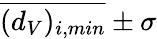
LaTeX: \overline{{(d_{V})_{i,min}}}\pm\sigma